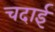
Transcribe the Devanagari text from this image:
चदाई